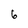
Character: 6